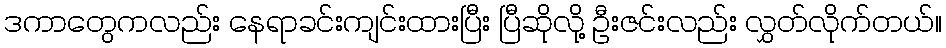
ဒကာတွေကလည်း နေရာခင်းကျင်းထားပြီး ပြီဆိုလို့ ဦးဇင်းလည်း လွှတ်လိုက်တယ်။